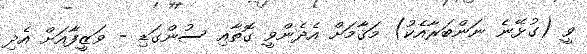
ވީ (ގުޅޭނެ ނަންބަރާއެކު) މަޤާމަށް އެދެންވީ ގޮތާއި ސުންގަޑި - ވަޒީފާއަށް އެދި